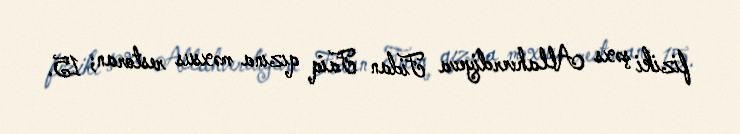
fiziki şəxs Allahverdiyeva Fidan Faiq qızına məxsus restoran; 15.